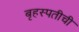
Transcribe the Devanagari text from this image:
बृहस्पतीची